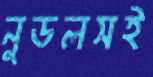
নুডলসই